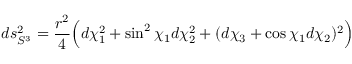
d s _ { S ^ { 3 } } ^ { 2 } = \frac { r ^ { 2 } } { 4 } \Bigl ( d \chi _ { 1 } ^ { 2 } + \sin ^ { 2 } { \chi _ { 1 } } d \chi _ { 2 } ^ { 2 } + ( d \chi _ { 3 } + \cos { \chi _ { 1 } } d \chi _ { 2 } ) ^ { 2 } \Bigr )